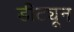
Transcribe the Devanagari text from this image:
डीट्यून